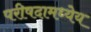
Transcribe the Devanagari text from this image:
परीषदामध्येय